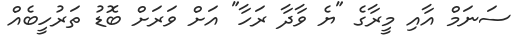
ސަނަމް އާއި މީރާގެ "ޔެ ވާދާ ރަހާ" އަށް ވަރަށް ބޮޑު ތަރުހީބެއް